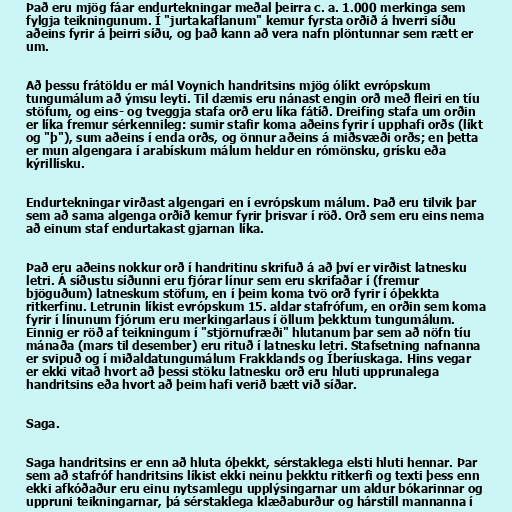
Það eru mjög fáar endurtekningar meðal þeirra c. a. 1.000 merkinga sem
fylgja teikningunum. Í "jurtakaflanum" kemur fyrsta orðið á hverri síðu
aðeins fyrir á þeirri síðu, og það kann að vera nafn plöntunnar sem rætt er
um.

Að þessu frátöldu er mál Voynich handritsins mjög ólíkt evrópskum
tungumálum að ýmsu leyti. Til dæmis eru nánast engin orð með fleiri en tíu
stöfum, og eins- og tveggja stafa orð eru líka fátíð. Dreifing stafa um orðin
er líka fremur sérkennileg: sumir stafir koma aðeins fyrir í upphafi orðs (líkt
og "þ"), sum aðeins í enda orðs, og önnur aðeins á miðsvæði orðs; en þetta
er mun algengara í arabískum málum heldur en rómönsku, grísku eða
kýrillísku.

Endurtekningar virðast algengari en í evrópskum málum. Það eru tilvik þar
sem að sama algenga orðið kemur fyrir þrisvar í röð. Orð sem eru eins nema
að einum staf endurtakast gjarnan líka.

Það eru aðeins nokkur orð í handritinu skrifuð á að því er virðist latnesku
letri. Á síðustu síðunni eru fjórar línur sem eru skrifaðar í (fremur
bjöguðum) latneskum stöfum, en í þeim koma tvö orð fyrir í óþekkta
ritkerfinu. Letrunin líkist evrópskum 15. aldar stafrófum, en orðin sem koma
fyrir í línunum fjórum eru merkingarlaus í öllum þekktum tungumálum.
Einnig er röð af teikningum í "stjörnufræði" hlutanum þar sem að nöfn tíu
mánaða (mars til desember) eru rituð í latnesku letri. Stafsetning nafnanna
er svipuð og í miðaldatungumálum Frakklands og Íberíuskaga. Hins vegar
er ekki vitað hvort að þessi stöku latnesku orð eru hluti upprunalega
handritsins eða hvort að þeim hafi verið bætt við síðar.

Saga.

Saga handritsins er enn að hluta óþekkt, sérstaklega elsti hluti hennar. Þar
sem að stafróf handritsins líkist ekki neinu þekktu ritkerfi og texti þess enn
ekki afkóðaður eru einu nytsamlegu upplýsingarnar um aldur bókarinnar og
uppruni teikningarnar, þá sérstaklega klæðaburður og hárstíll mannanna í